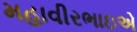
મહાવીરભાઇએ